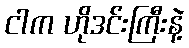
ငါက ဟိုဒင်းကြီးနဲ့